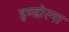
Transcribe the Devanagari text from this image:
इण्डोरमा